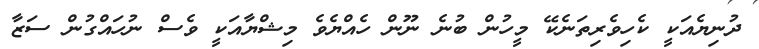
ދުނިޔެއަކީ ކެހިވެރިތަނެކޭ މީހުން ބުނެ ނޫން ހެއްޔެވެ މިޝްޔާއަކީ ވެސް ނުހައްގުން ސަޒާ